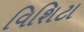
વિશિટા